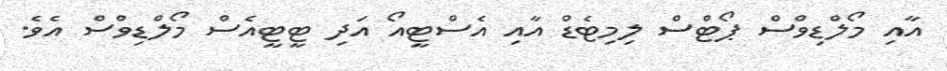
އާއި މޯލްޑިވްސް ޕޯޓްސް ލިމިޓެޑް އާއި އެސްޓީއޯ އަދި ޓީޓީއެސް މޯލްޑިވްސް އެވެ.